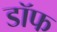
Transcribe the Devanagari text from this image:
डॉफ